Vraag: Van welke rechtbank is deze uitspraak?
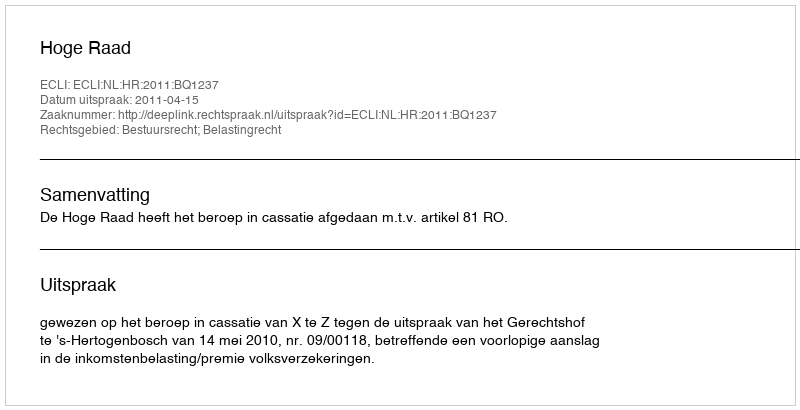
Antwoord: Hoge Raad